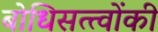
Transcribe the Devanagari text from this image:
बोधिसत्त्‍वोंकी